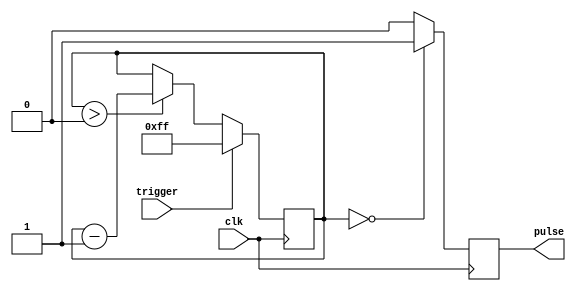
module one_shot_timer(
    input wire trigger,
    input wire clk,
    output reg pulse
);

reg [7:0] counter;
reg [7:0] preset = 8'hFF; // adjusting the preset value for pulse duration

always @(posedge clk) begin
    if (trigger) begin
        counter <= preset;
    end else if (counter > 0) begin
        counter <= counter - 1;
    end
end

always @(posedge clk) begin
    if (counter == 0) begin
        pulse <= 1'b1;
    end else begin
        pulse <= 1'b0;
    end
end

endmodule